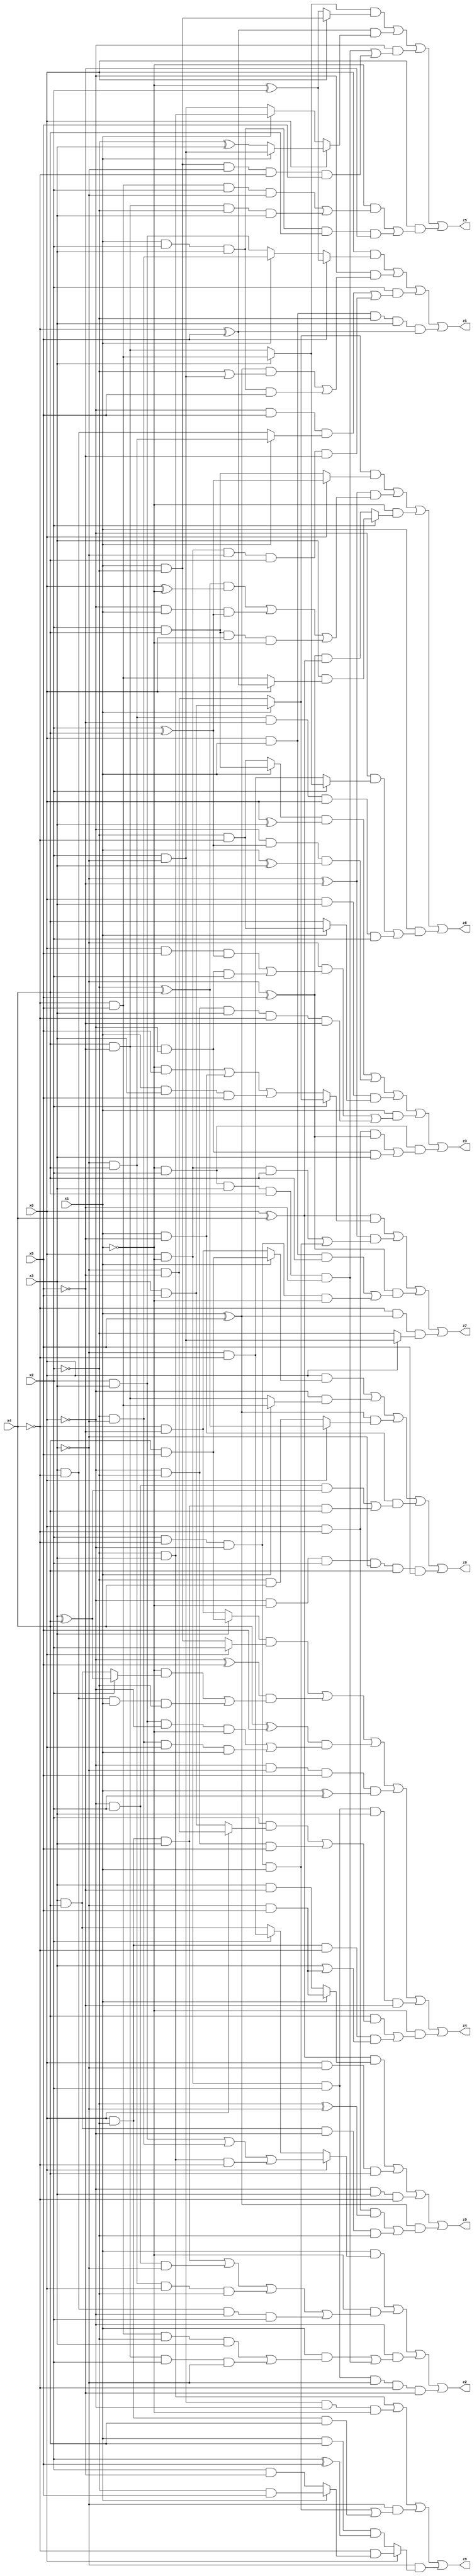
// Benchmark "X_32" written by ABC on Mon Jun 05 18:09:13 2023

module X_32 ( 
    x0, x1, x2, x3, x4, x5,
    z0, z1, z2, z3, z4, z5, z6, z7, z8, z9  );
  input  x0, x1, x2, x3, x4, x5;
  output z0, z1, z2, z3, z4, z5, z6, z7, z8, z9;
  assign z0 = (x0 & (x1 ? (x4 & x5) : (~x4 & ~x5))) | (~x0 & (x1 ? (~x4 & x5) : (x4 & ~x5))) | ((x1 ^ x5) & (x0 ? (~x2 ^ x4) : (~x2 & x4))) | (x1 & ~x5 & ((~x0 & x2 & (x3 ^ x4)) | (x0 & ~x2 & x3 & x4))) | (~x0 & ~x1 & x2 & ~x3 & x4 & x5);
  assign z1 = (x0 & (x5 ? (~x1 ^ x2) : (x1 ? (~x2 & ~x3) : (x2 & x3)))) | (~x0 & (((x1 ^ x5) & (~x2 | (x2 & ~x3))) | (x1 & x2 & x3 & x5))) | (x2 & ((~x0 & x5 & (x1 ? (~x3 & x4) : (x3 & ~x4))) | (x0 & ~x1 & ~x3 & x4 & ~x5))) | (x0 & x1 & ~x2 & x3 & (~x4 ^ x5));
  assign z2 = (x1 & (x0 ? ((x2 & x3) | (~x2 & ~x3) | (~x2 & x3 & ~x4)) : (x2 ? (~x3 & ~x4) : (x3 & x4)))) | (~x1 & ((x0 & ~x2 & x3) | (~x0 & x2 & ~x3) | (~x3 & x4 & x0 & ~x2) | (x3 & ~x4 & ~x0 & x2))) | (~x0 & ((x1 & ((~x4 & x5 & ~x2 & x3) | (x4 & ~x5 & x2 & ~x3))) | (~x1 & x2 & x3 & x4 & ~x5))) | (x0 & ~x1 & x2 & ~x3 & ~x4 & ~x5);
  assign z3 = ((x1 ? (x2 & x4) : (~x2 & ~x4)) & (x0 ^ x3)) | (~x0 & (x2 ^ x4) & (x1 ^ x3)) | (x0 & x3 & (x1 ? (~x2 & ~x4) : x4)) | (x1 & ((~x3 & ((x0 & x5 & (x2 ^ x4)) | (x4 & ~x5 & ~x0 & x2))) | (~x0 & ~x2 & x3 & ~x4 & ~x5))) | (~x1 & x2 & ((x0 & ~x4 & (~x3 ^ x5)) | (x4 & ~x5 & ~x0 & x3)));
  assign z4 = ((x3 ? (x4 & x5) : (~x4 & ~x5)) & (x0 ? x2 : (x1 & ~x2))) | ((~x0 ^ x5) & ((~x1 & (x2 ? (x3 ^ x4) : (x3 & x4))) | (x3 & ~x4 & x1 & ~x2))) | ((x4 ^ x5) & ((x2 & x3 & ~x0 & ~x1) | (~x2 & ~x3 & x0 & x1))) | (~x0 & ~x3 & x5 & (x1 ^ x2)) | (x0 & ~x1 & x2 & x3 & ~x5) | (~x1 & ((x4 & ((x2 & (x0 ? (~x3 & ~x5) : (x3 & x5))) | (~x0 & ~x2 & x5))) | (x0 & ~x2 & ~x4 & (x3 | (~x3 & x5)))));
  assign z5 = ((x3 ? (~x4 & x5) : (x4 & ~x5)) & (x0 ? (x1 & ~x2) : (~x1 ^ x2))) | ((~x4 ^ x5) & (x0 ? (x1 ? (x2 & ~x3) : (~x2 ^ x3)) : (x1 ? (~x2 & x3) : (x2 & ~x3)))) | (~x0 & ((~x1 & x2 & x3 & x4 & ~x5) | (x1 & ~x2 & ~x3 & ~x4 & x5))) | (x0 & ((~x1 & ((~x4 & x5 & x2 & ~x3) | (x4 & ~x5 & ~x2 & x3))) | (x1 & x2 & x3 & x4 & ~x5)));
  assign z6 = ((x1 ? (x3 & x5) : (~x3 & ~x5)) & (x0 ? (x2 ^ x4) : (x2 & x4))) | ((~x3 ^ ~x5) & (((~x2 ^ x4) & (x0 ^ ~x1)) | (~x0 & x1 & (x2 ^ x4)) | (x2 & x4 & x0 & ~x1))) | (~x1 & (x2 ? (x3 & (x0 ? (~x4 ^ x5) : (~x4 & x5))) : ((~x3 ^ x5) & (x0 ^ x4)))) | (x1 & ((~x0 & (x2 ? (x3 ? (~x4 & x5) : (x4 & ~x5)) : (~x3 & ~x4))) | (~x3 & x4 & ~x5 & x0 & x2)));
  assign z7 = ((x0 ^ x4) & (x2 ? (x1 ? (x3 & x5) : (~x3 & ~x5)) : ((~x1 & x5) | (x1 & ~x5) | (x1 & x3 & x5)))) | ((~x3 ^ ~x5) & ((x0 & ~x1 & x4) | (x2 & ~x4 & ~x0 & x1))) | ((~x3 ^ x5) & ((x0 & x1 & x4) | (x2 & ~x4 & ~x0 & ~x1))) | (~x4 & (x1 ^ x5) & (x0 ? (x2 & ~x3) : ~x2));
  assign z8 = (~x2 & x3) | (x2 & ~x3 & ~x0 & ~x1) | (~x3 & ((x2 & ~x4 & ~x0 & x1) | (x0 & ~x2 & x4))) | (~x3 & (x0 ? (~x4 & (x1 ? (~x2 & x5) : (x2 & ~x5))) : (x1 & x4 & (x2 ^ x5))));
  assign z9 = ((x0 ^ x4) & (x1 ? (~x3 & x5) : (x3 & ~x5))) | (x0 & ~x3 & x4) | (~x0 & x3 & ~x4) | ((x1 ^ x5) & ((x0 & ~x4 & (~x2 ^ ~x3)) | (x3 & x4 & ~x0 & ~x2)));
endmodule